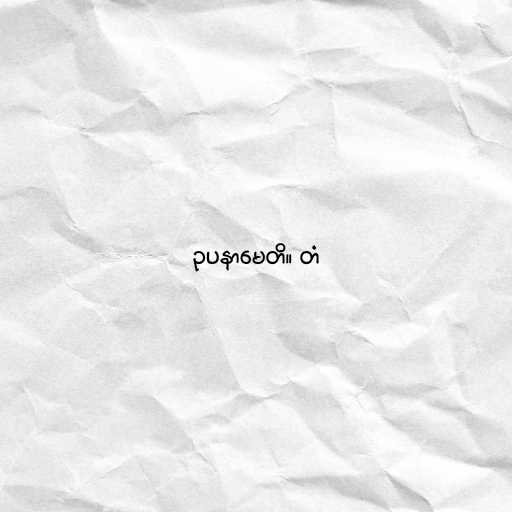
ဥပနာမေတိ။ တံ